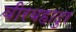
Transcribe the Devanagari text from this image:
वीरबहादुर